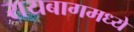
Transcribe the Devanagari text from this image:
रायबागमध्ये